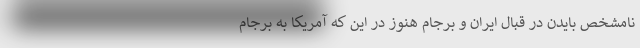
نامشخص بایدن در قبال ایران و برجام هنوز در این که آمریکا به برجام